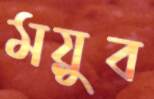
ময়ুব